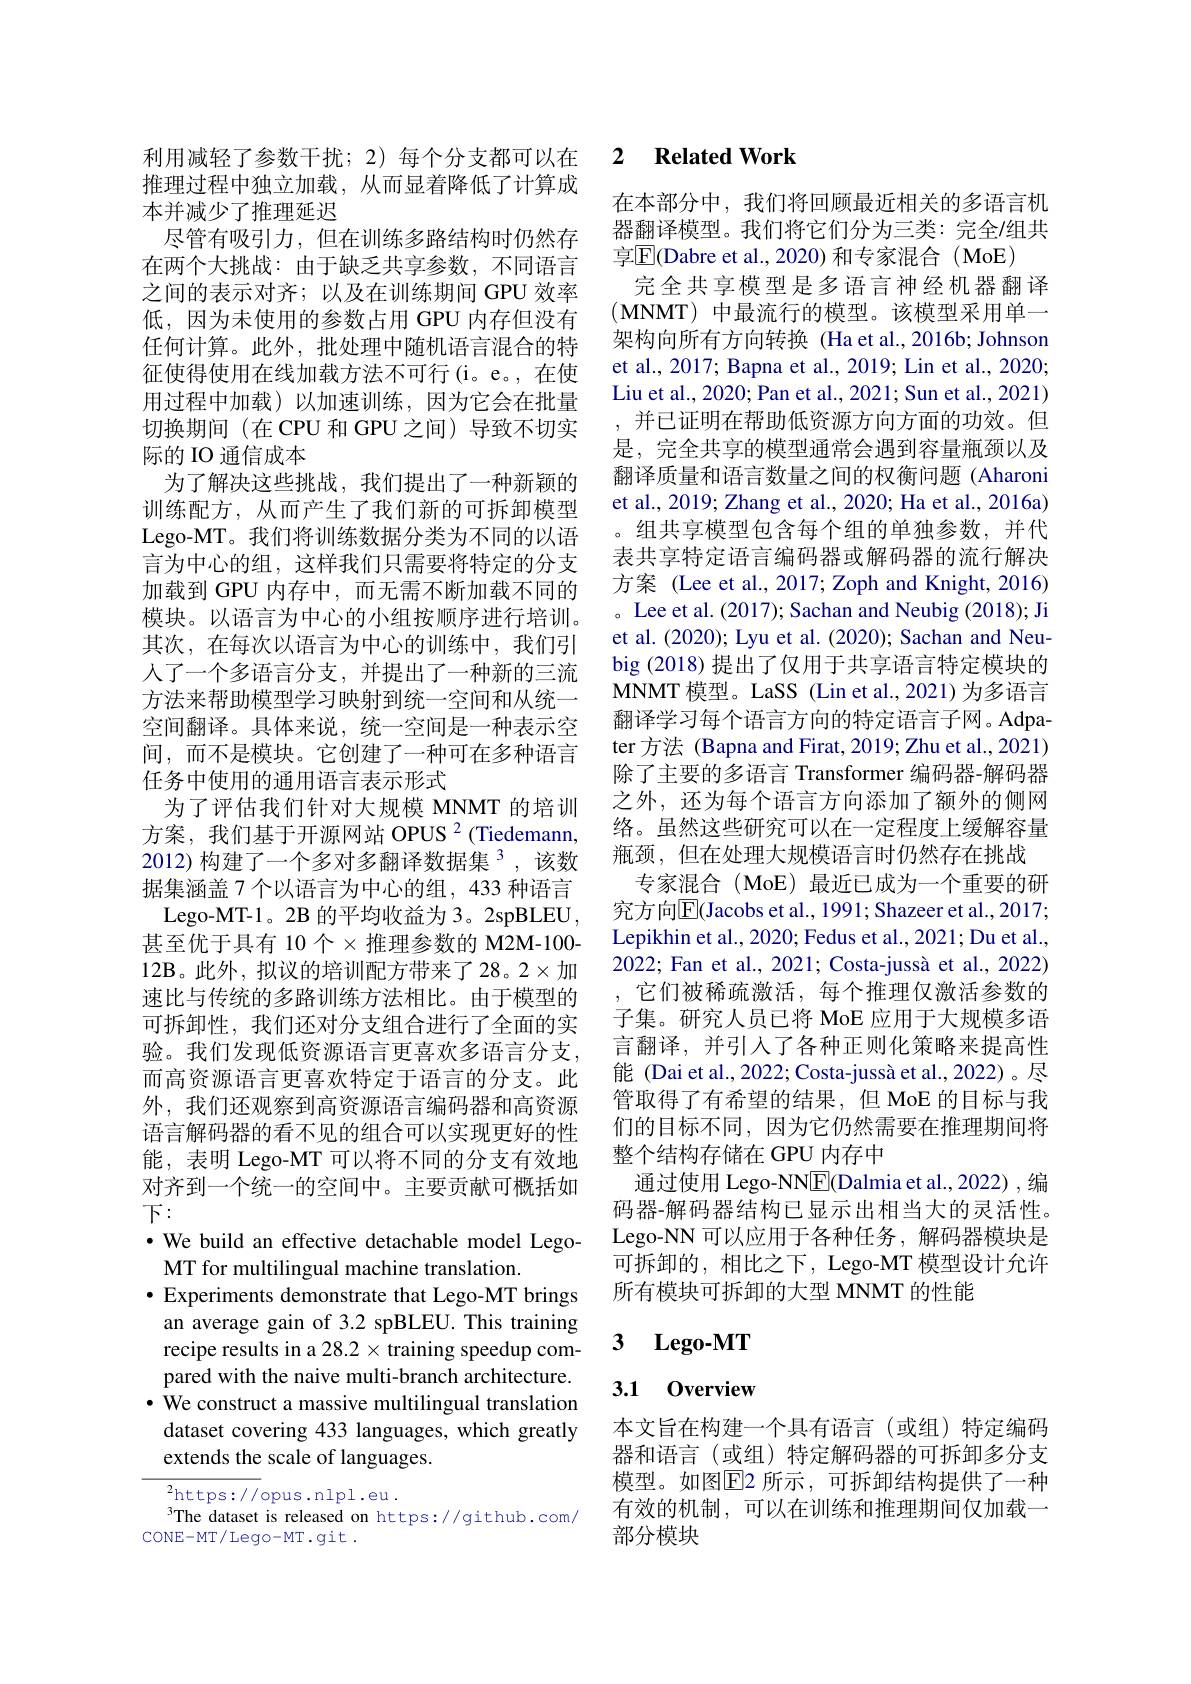
推理过程中独立加载，从而显着降低了计算成
本并减少了推理延迟
尽管有吸引力，但在训练多路结构时仍然存在两个大挑战：由于缺乏共享参数，不同语言之间的表示对齐；以及在训练期间 GPU 效率低，因为未使用的参数占用 GPU 内存但没有任何计算。此外，批处理中随机语言混合的特征使得使用在线加载方法不可行(i。e。,在使用过程中加载)以加速训练，因为它会在批量切换期间(在CPU 和 GPU 之间) 导致不切实际的 IO 通信成本
为了解决这些挑战，我们提出了一种新颖的训练配方，从而产生了我们新的可拆卸模型Lego-MT。我们将训练数据分类为不同的以语言为中心的组，这样我们只需要将特定的分支加载到 GPU 内存中，而无需不断加载不同的模块。以语言为中心的小组按顺序进行培训。其次，在每次以语言为中心的训练中，我们引人了一个多语言分支，并提出了一种新的三流方法来帮助模型学习映射到统一空间和从统一空间翻译。具体来说，统一空间是一种表示空间，而不是模块。它创建了一种可在多种语言任务中使用的通用语言表示形式
为了评估我们针对大规模 MNMT 的培训方案，我们基于开源网站 OPUS $^2($Tiedemann, 2012)构建了一个多对多翻译数据集 3,该数据集涵盖 7 个以语言为中心的组，433 种语言
Lego-MT-1。2B 的平均收益为 3。2spBLEU , 甚至优于具有 10 个$\times$推理参数的 M2M-100- 12B。此外，拟议的培训配方带来了28。2$\times$加速比与传统的多路训练方法相比。由于模型的可拆卸性，我们还对分支组合进行了全面的实验。我们发现低资源语言更喜欢多语言分支， 而高资源语言更喜欢特定于语言的分支。此外，我们还观察到高资源语言编码器和高资源语言解码器的看不见的组合可以实现更好的性能，表明 Lego-MT 可以将不同的分支有效地对齐到一个统一的空间中。主要贡献可概括如下：
$\cdot$ We build an effective detachable model Lego-
MT for multilingual machine translation.
$\bullet$ Experiments demonstrate that Lego-MT brings an average gain of 3.2 spBLEU. This training recipe results in a 28.2 × training speedup compared with the naive multi-branch architecture. · We construct a massive multilingual translation dataset covering 433 languages, which greatly extends the scale of languages.
$^{2}$https://opus.nlpl.eu.
The dataset is released on https://github.com/

CONE-MT/Lego-MT.git.

### 利用减轻了参数干扰；2)每个分支都可以在2 $\textbf{Related Work}$

在本部分中，我们将回顾最近相关的多语言机器翻译模型。我们将它们分为三类：完全/组共享$\boxed{\mathrm{E}}($Dabre et al., 2020) 和专家混合 (MoE)
完全共享模型是多语言神经机器翻译(MNMT) 中最流行的模型。该模型采用单一架构向所有方向转换 (Ha et al.,2016b; Johnson et al., 2017; Bapna et al., 2019; Lin et al., 2020; Liu et al., 2020; Pan et al., 2021; Sun et al., 2021) , 并已证明在帮助低资源方向方面的功效。但是，完全共享的模型通常会遇到容量瓶颈以及翻译质量和语言数量之间的权衡问题(Aharoni et al., 2019; Zhang et al., 2020; Ha et al., 2016a) 。组共享模型包含每个组的单独参数，并代表共享特定语言编码器或解码器的流行解决方案 (Lee et al., 2017; Zoph and Knight, 2016) 。Lee et al. (2017); Sachan and Neubig (2018); Ji et al. (2020); Lyu et al. (2020); Sachan and Neubig (2018) 提出了仅用于共享语言特定模块的MNMT 模型。LaSS (Lin et al.,2021) 为多语言翻译学习每个语言方向的特定语言子网。Adpater 方法 (Bapna and Firat, 2019; Zhu et al., 2021) 除了主要的多语言 Transformer 编码器-解码器之外，还为每个语言方向添加了额外的侧网络。虽然这些研究可以在一定程度上缓解容量瓶颈，但在处理大规模语言时仍然存在挑战
专家混合(MoE)最近已成为一个重要的研究方向$\overline{\mathrm{E}}($Jacobs et al., 1991; Shazeer et al., 2017; Lepikhin et al., 2020; Fedus et al., 2021; Du et al., 2022; Fan et al., 2021; Costa-jussà et al., 2022) ,它们被稀疏激活，每个推理仅激活参数的子集。研究人员已将 MoE 应用于大规模多语言翻译，并引人了各种正则化策略来提高性能 (Dai et al., 2022; Costa-jussà et al., 2022)。尽管取得了有希望的结果，但 MoE 的目标与我们的目标不同，因为它仍然需要在推理期间将整个结构存储在 GPU 内存中
通过使用 Lego-NNE(Dalmia et al., 2022) , 编码器-解码器结构已显示出相当大的灵活性。Lego-NN 可以应用于各种任务，解码器模块是可拆卸的，相比之下，Lego-MT 模型设计允许所有模块可拆卸的大型 MNMT 的性能

### 3 $\mathbf{Lego- MT}$

## 3.1 0verview

本文旨在构建一个具有语言(或组)特定编码器和语言(或组)特定解码器的可拆卸多分支模型。如图$\overline{\mathrm{E}}$2 所示，可拆卸结构提供了一种有效的机制，可以在训练和推理期间仅加载一部分模块